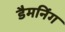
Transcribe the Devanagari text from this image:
डैमनिंग